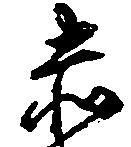
赤